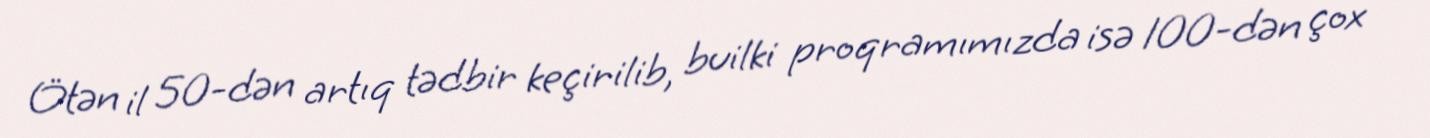
Ötən il 50-dən artıq tədbir keçirilib, builki proqramımızda isə 100-dən çox